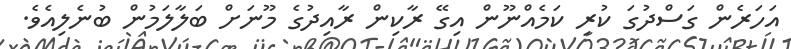
އަހަރެން ގަސްދުގަ ކުރި ކަމެއްނޫން އިގޭ ރާކިން ރާއިދުގެ މޫނަށް ބަލާލަމުން ބުނެލިއެވެ.